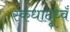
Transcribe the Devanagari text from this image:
स्कंधादूध्वँ